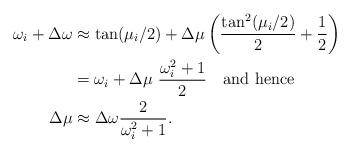
LaTeX: \begin{align*}\omega_i + \Delta \omega & \approx \tan(\mu_i/2) + \Delta \mu \left( \frac{\tan^2(\mu_i/2)}{2} + \frac{1}{2}\right) \\&= \omega_i + \Delta \mu ~\frac{\omega_i^2+1}{2} \quad\textrm{and hence} \\\Delta \mu & \approx \Delta \omega \frac{2}{\omega_i^2+1}. \end{align*}